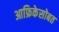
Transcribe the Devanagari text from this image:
आफ्रिकेसोबत